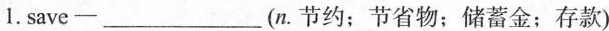
1.save-___(n.节约；节省物；储蓄金；存款)